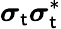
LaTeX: \boldsymbol{\sigma}_{\mathsf{t}}\boldsymbol{\sigma}_{\mathsf{t}}^{*}